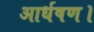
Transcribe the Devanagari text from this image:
आर्धषण।